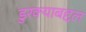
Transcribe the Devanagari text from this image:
डुरक्याबद्दल